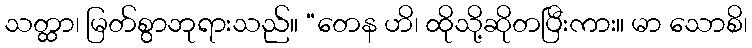
သတ္ထာ၊ မြတ်စွာဘုရားသည်။ “တေန ဟိ၊ ထိုသို့ဆိုတပြီးကား။ မာ သောစိ၊